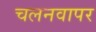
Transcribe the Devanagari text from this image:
चलनवापर